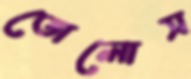
তোলোস